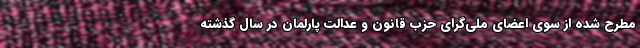
مطرح شده از سوی اعضای ملی‌گرای حزب قانون و عدالت پارلمان در سال گذشته